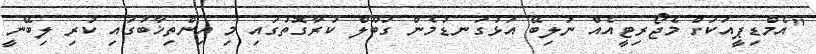
"އެމްޑިޕީއަކަށް މެޖޯރިޓީއެއް ނުލިބޭ އަޅުގަނޑުމެން ގަބޫލް ކުރާގޮތުގައި މި އިންތިޚާބުގައި ކުރި ލިބޭނީ